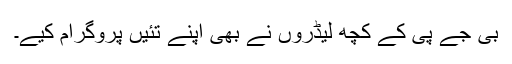
بی جے پی کے کچھ لیڈروں نے بھی اپنے تئیں پروگرام کیے۔